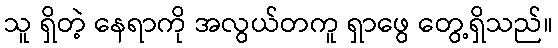
သူ ရှိတဲ့ နေရာကို အလွယ်တကူ ရှာဖွေ တွေ့ရှိသည်။